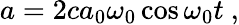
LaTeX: a=2ca_{0}\omega_{0}\cos\omega_{0}t~,